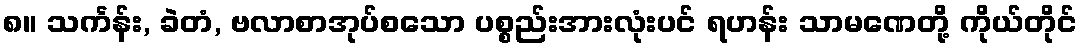
၈။ သင်္ကန်း, ခဲတံ, ဗလာစာအုပ်စသော ပစ္စည်းအားလုံးပင် ရဟန်း သာမဏေတို့ ကိုယ်တိုင်